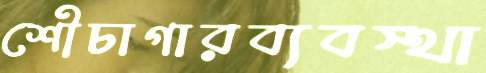
শৌচাগারব্যবস্থা